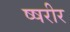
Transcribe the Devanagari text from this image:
ष्षरीर